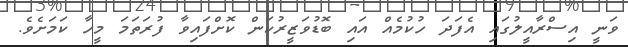
ވަނީ އިސްރާއީލުގައި އެފަދަ ހުކުމެއް އައި ބޮޑުވަޒީރުކަން ކޮށްފައިވާ ފުރަތަމަ މީހާ ކަމަށެވެ.